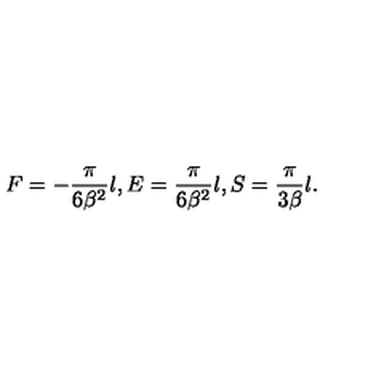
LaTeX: F = - { \frac { \pi } { 6 \beta ^ { 2 } } } { l } , E = { \frac { \pi } { 6 \beta ^ { 2 } } } { l } , S = { \frac { \pi } { 3 \beta } } { l } .